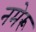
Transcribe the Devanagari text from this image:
नमेरू